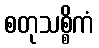
စတုသစ္စိကံ